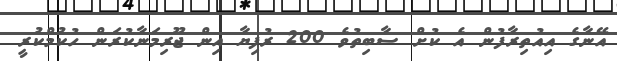
އޭނާގެ އިއުތިރާފުން އެ ކުށް ސާބިތުވެ 200 ރުފިޔާ އިން ޖޫރިމަނާކުރަން ހުކުމްކުރީ